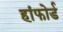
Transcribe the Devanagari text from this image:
हांफोर्ड